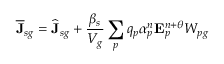
\overline { { \mathbf { J } } } _ { s g } = \widehat { \mathbf { J } } _ { s g } + \frac { \beta _ { s } } { V _ { g } } \sum _ { p } q _ { p } { \alpha } _ { p } ^ { n } \mathbf { E } _ { p } ^ { n + \theta } W _ { p g }